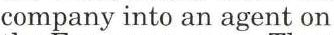
company into an agent on